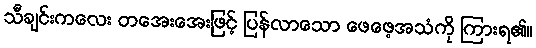
သီချင်းကလေး တအေးအေးဖြင့် ပြန်လာသော ဖေဖေ့အသံကို ကြားရ၏။